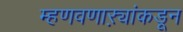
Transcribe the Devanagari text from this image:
म्हणवणाऱ्यांकडून